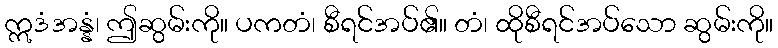
ဣဒံအန္နံ၊ ဤဆွမ်းကို။ ပကတံ၊ စီရင်အပ်၏။ တံ၊ ထိုစီရင်အပ်သော ဆွမ်းကို။